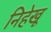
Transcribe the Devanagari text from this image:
निहेखू